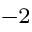
^ { - 2 }